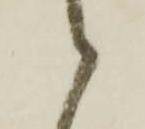
候